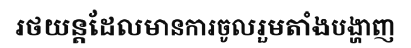
រថយន្តដែលមានការចូលរួមតាំងបង្ហាញ